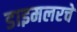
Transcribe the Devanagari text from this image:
डाइमलरचे